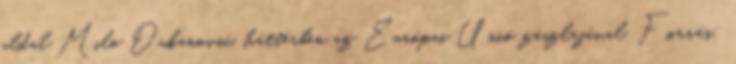
oldal Milo Đukanović, háttérben az Európai Unió zászlajával. Forrás: